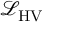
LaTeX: { \mathcal { L } } _ { \mathrm { H V } }